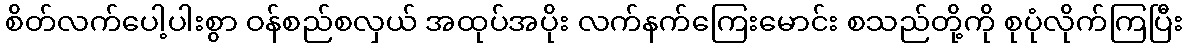
စိတ်လက်ပေါ့ပါးစွာ ဝန်စည်စလှယ် အထုပ်အပိုး လက်နက်ကြေးမောင်း စသည်တို့ကို စုပုံလိုက်ကြပြီး